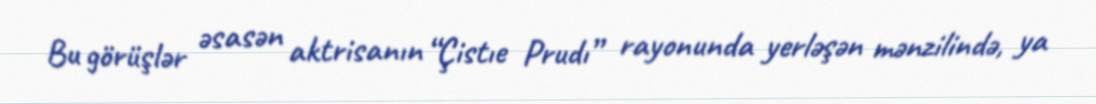
Bu görüşlər əsasən aktrisanın “Çistıe Prudı” rayonunda yerləşən mənzilində, ya